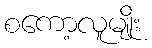
စကော့လူမျိုး